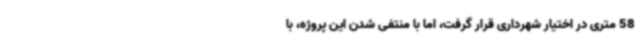
58 متری در اختیار شهرداری قرار گرفت، اما با منتفی شدن این پروژه، با